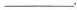
___.